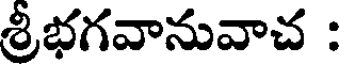
శ్రీభగవానువాచ :